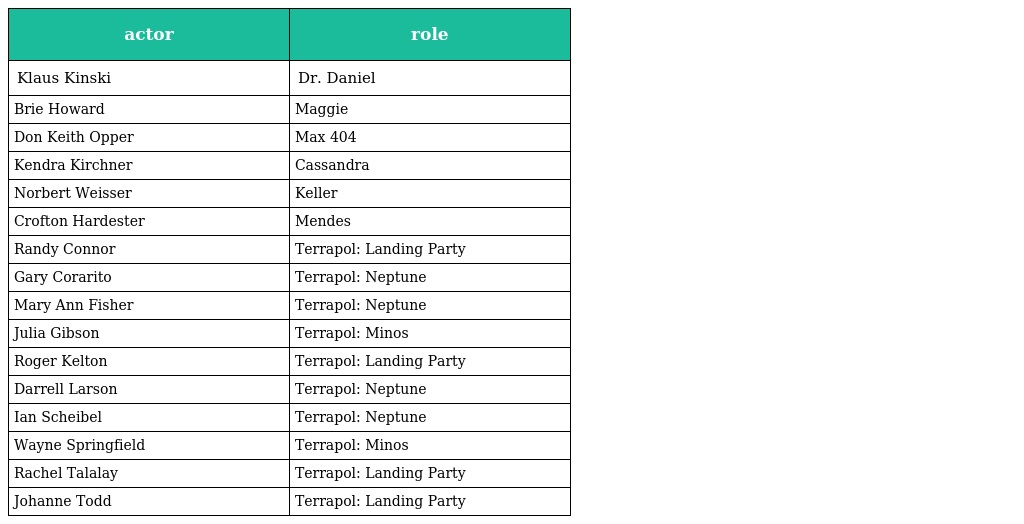
| actor | role |
 | --- | --- |
 | Klaus Kinski | Dr. Daniel |
 | Brie Howard | Maggie |
 | Don Keith Opper | Max 404 |
 | Kendra Kirchner | Cassandra |
 | Norbert Weisser | Keller |
 | Crofton Hardester | Mendes |
 | Randy Connor | Terrapol: Landing Party |
 | Gary Corarito | Terrapol: Neptune |
 | Mary Ann Fisher | Terrapol: Neptune |
 | Julia Gibson | Terrapol: Minos |
 | Roger Kelton | Terrapol: Landing Party |
 | Darrell Larson | Terrapol: Neptune |
 | Ian Scheibel | Terrapol: Neptune |
 | Wayne Springfield | Terrapol: Minos |
 | Rachel Talalay | Terrapol: Landing Party |
 | Johanne Todd | Terrapol: Landing Party |